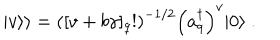
\mid { v } \rangle \rangle = \left( [ v + b \gamma ] _ { q } ! \right) ^ { - 1 / 2 } \left( a _ { q } ^ { \dagger } \right) ^ { v } \vert 0 \rangle ~ .